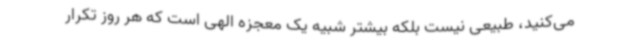
می‌کنید، طبیعی نیست بلکه بیشتر شبیه یک معجزه الهی است که هر روز تکرار